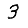
Digit: 3